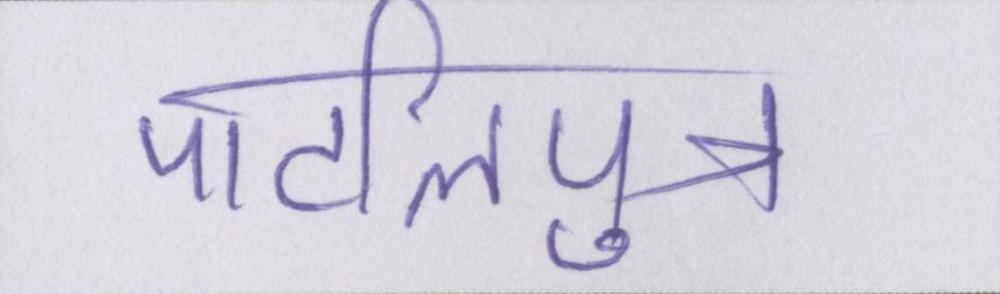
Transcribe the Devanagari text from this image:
पाटलिपुत्र